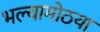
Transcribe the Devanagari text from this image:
भल्यामोठया